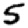
Digit: 5